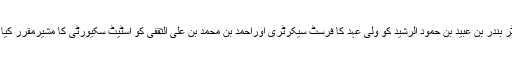
ڈاکٹر بندر بن عبید بن حمود الرشید کو ولی عہد کا فرسٹ سیکرٹری اوراحمد بن محمد بن علی الثقفی کو اسٹیٹ سکیورٹی کا مشیرمقرر کیا گیا۔